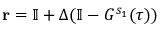
\mathbf { r } = \mathbb { I } + { \Delta } ( \mathbb { I } - { G } ^ { s _ { 1 } } ( \tau ) )